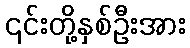
၎င်းတို့နှစ်ဦးအား